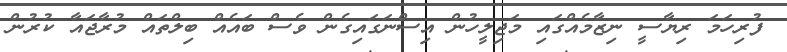
ފުރިހަމަ ރިޔާސީ ނިޒާމެއްގައި މަޖިލީހުން އިސްނަގައިގެން ވެސް ބައެއް ބިލްތައް މުރާޖައާ ކުރުން